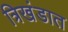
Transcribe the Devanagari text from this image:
त्रिखंडात